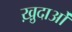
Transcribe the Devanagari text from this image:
ख़़ुदाओं